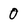
Character: 0